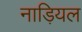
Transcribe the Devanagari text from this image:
नाड़ियल